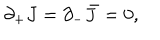
\partial _ { + } J = \partial _ { - } \bar { J } = 0 ,